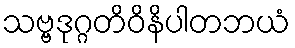
သဗ္ဗဒုဂ္ဂတိဝိနိပါတဘယံ